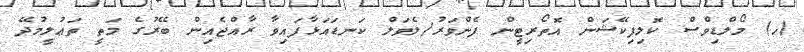
(ހ) މޯލްޑިވްސް ކޮލިފިކޭޝަން އޮތޯރިޓީން ފެންވަރު/ލެވަލް ކަނޑައަޅާފައިވާ ރާއްޖެއިން ބޭރުގެ މަތީ ތަޢުލީމުދޭ